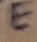
Text: E